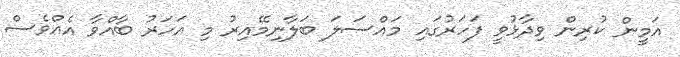
އަމީން ކުރިން ވިދާޅުވީ ފަހަރުގައި މައްސަލަ ބަލާނިމޭއިރު މި އަހަރު ބާއްވާ އެއްވެސް